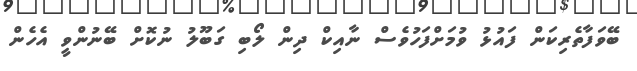
ބޭވަފާތެރިކަން ފައުޅު ވުމަށްފަހުވެސް ނާއިކް ދިން ލޯބި ގަބޫލު ނުކޮށް ބޭނުންވީ އެހެން